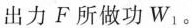
出力F所做功W_{1}。